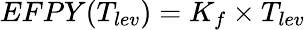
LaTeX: EFPY(T_{lev})=K_{f}\times T_{lev}